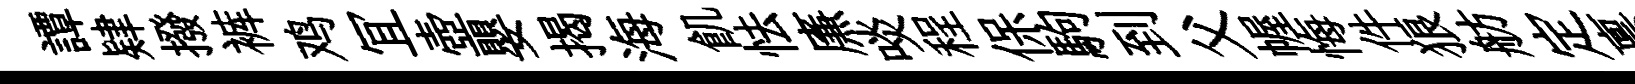
譚肄撥裤鸡冝壺嬰揭海飢怯㢘啖程保駒到父幄悔件狼舫定禀